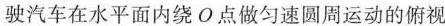
驶汽车在水平面内绕O点做匀速圆周运动的俯视